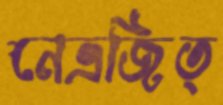
নেত্রজিত্